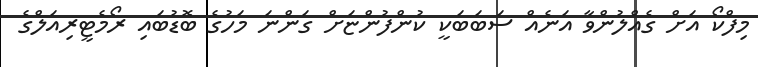
މިފްކޯ އަށް ގެއްލުންވާ އަނެއް ސަބަބަކީ ކުންފުންޏަށް ގަންނަ މަހުގެ ބޮޑުބައި ރޯމެޓީރިއަލްގެ